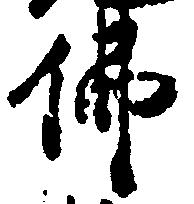
仏